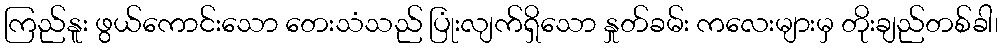
ကြည်နူး ဖွယ်ကောင်းသော တေးသံသည် ပြုံးလျက်ရှိသော နှုတ်ခမ်း ကလေးများမှ တိုးချည်တစ်ခါ၊